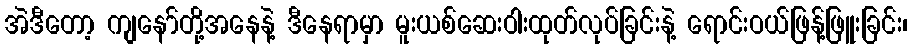
အဲဒီတော့ ကျနော်တို့အနေနဲ့ ဒီနေရာမှာ မူးယစ်ဆေးဝါးထုတ်လုပ်ခြင်းနဲ့ ရောင်းဝယ်ဖြန့်ဖြူးခြင်း၊